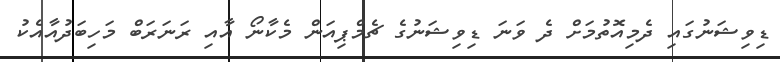
ޑިވިޝަނުގައި ދެމިއޮތުމަށް ދެ ވަނަ ޑިވިޝަނުގެ ޗެމްޕިއަން މެކާނޯ އާއި ރަނަރަބް މަހިބަދުއާއެކު